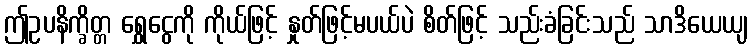
ဤဥပနိက္ခိတ္တ ရွှေငွေကို ကိုယ်ဖြင့် နှုတ်ဖြင့်မပယ်ပဲ စိတ်ဖြင့် သည်းခံခြင်းသည် သာဒိယေယျ